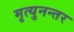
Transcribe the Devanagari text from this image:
मृत्युनन्तर